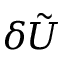
\delta \tilde { U }